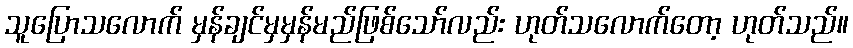
သူပြောသလောက် မှန်ချင်မှမှန်မည်ဖြစ်သော်လည်း ဟုတ်သလောက်တော့ ဟုတ်သည်။